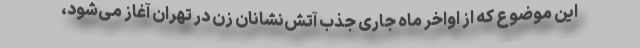
این موضوع که از اواخر ماه جاری جذب آتش‌نشانان زن در تهران آغاز می‌شود،